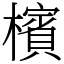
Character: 檳